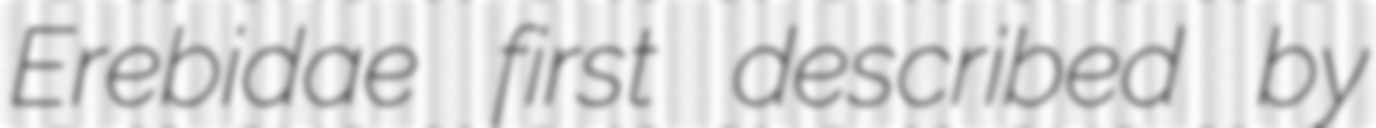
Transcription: Erebidae first described by